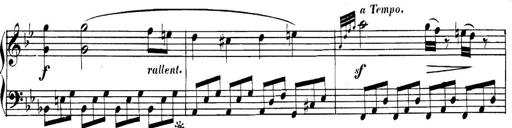
Title: Collected Piano Sonatas
Composer: Muzio Clementi